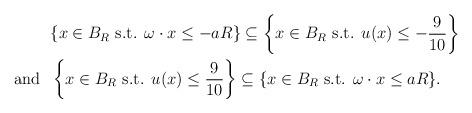
LaTeX: \begin{align*}& \{ x\in B_R {\mbox{ s.t. }} \omega\cdot x\le -aR\}\subseteq\left\{x\in B_R {\mbox{ s.t. }} u(x)\le -\frac{9}{10} \right\}\\{\mbox{and }}\;&\left\{x\in B_R {\mbox{ s.t. }} u(x)\le \frac{9}{10} \right\}\subseteq\{ x\in B_R {\mbox{ s.t. }} \omega\cdot x\le aR\}.\end{align*}